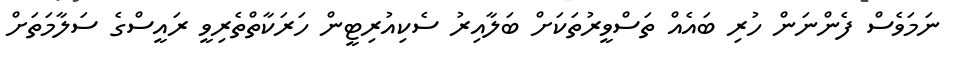
ނަމަވެސް ފެންނަން ހުރި ބައެއް ތަސްވީރުތަކަށް ބަލާއިރު ސެކިއުރިޓީން ހަރަކާތްތެރިވީ ރައީސްގެ ސަލާމަތަށް